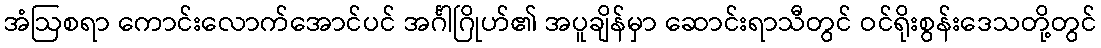
အံဩစရာ ကောင်းလောက်အောင်ပင် အင်္ဂါဂြိုဟ်၏ အပူချိန်မှာ ဆောင်းရာသီတွင် ဝင်ရိုးစွန်းဒေသတို့တွင်